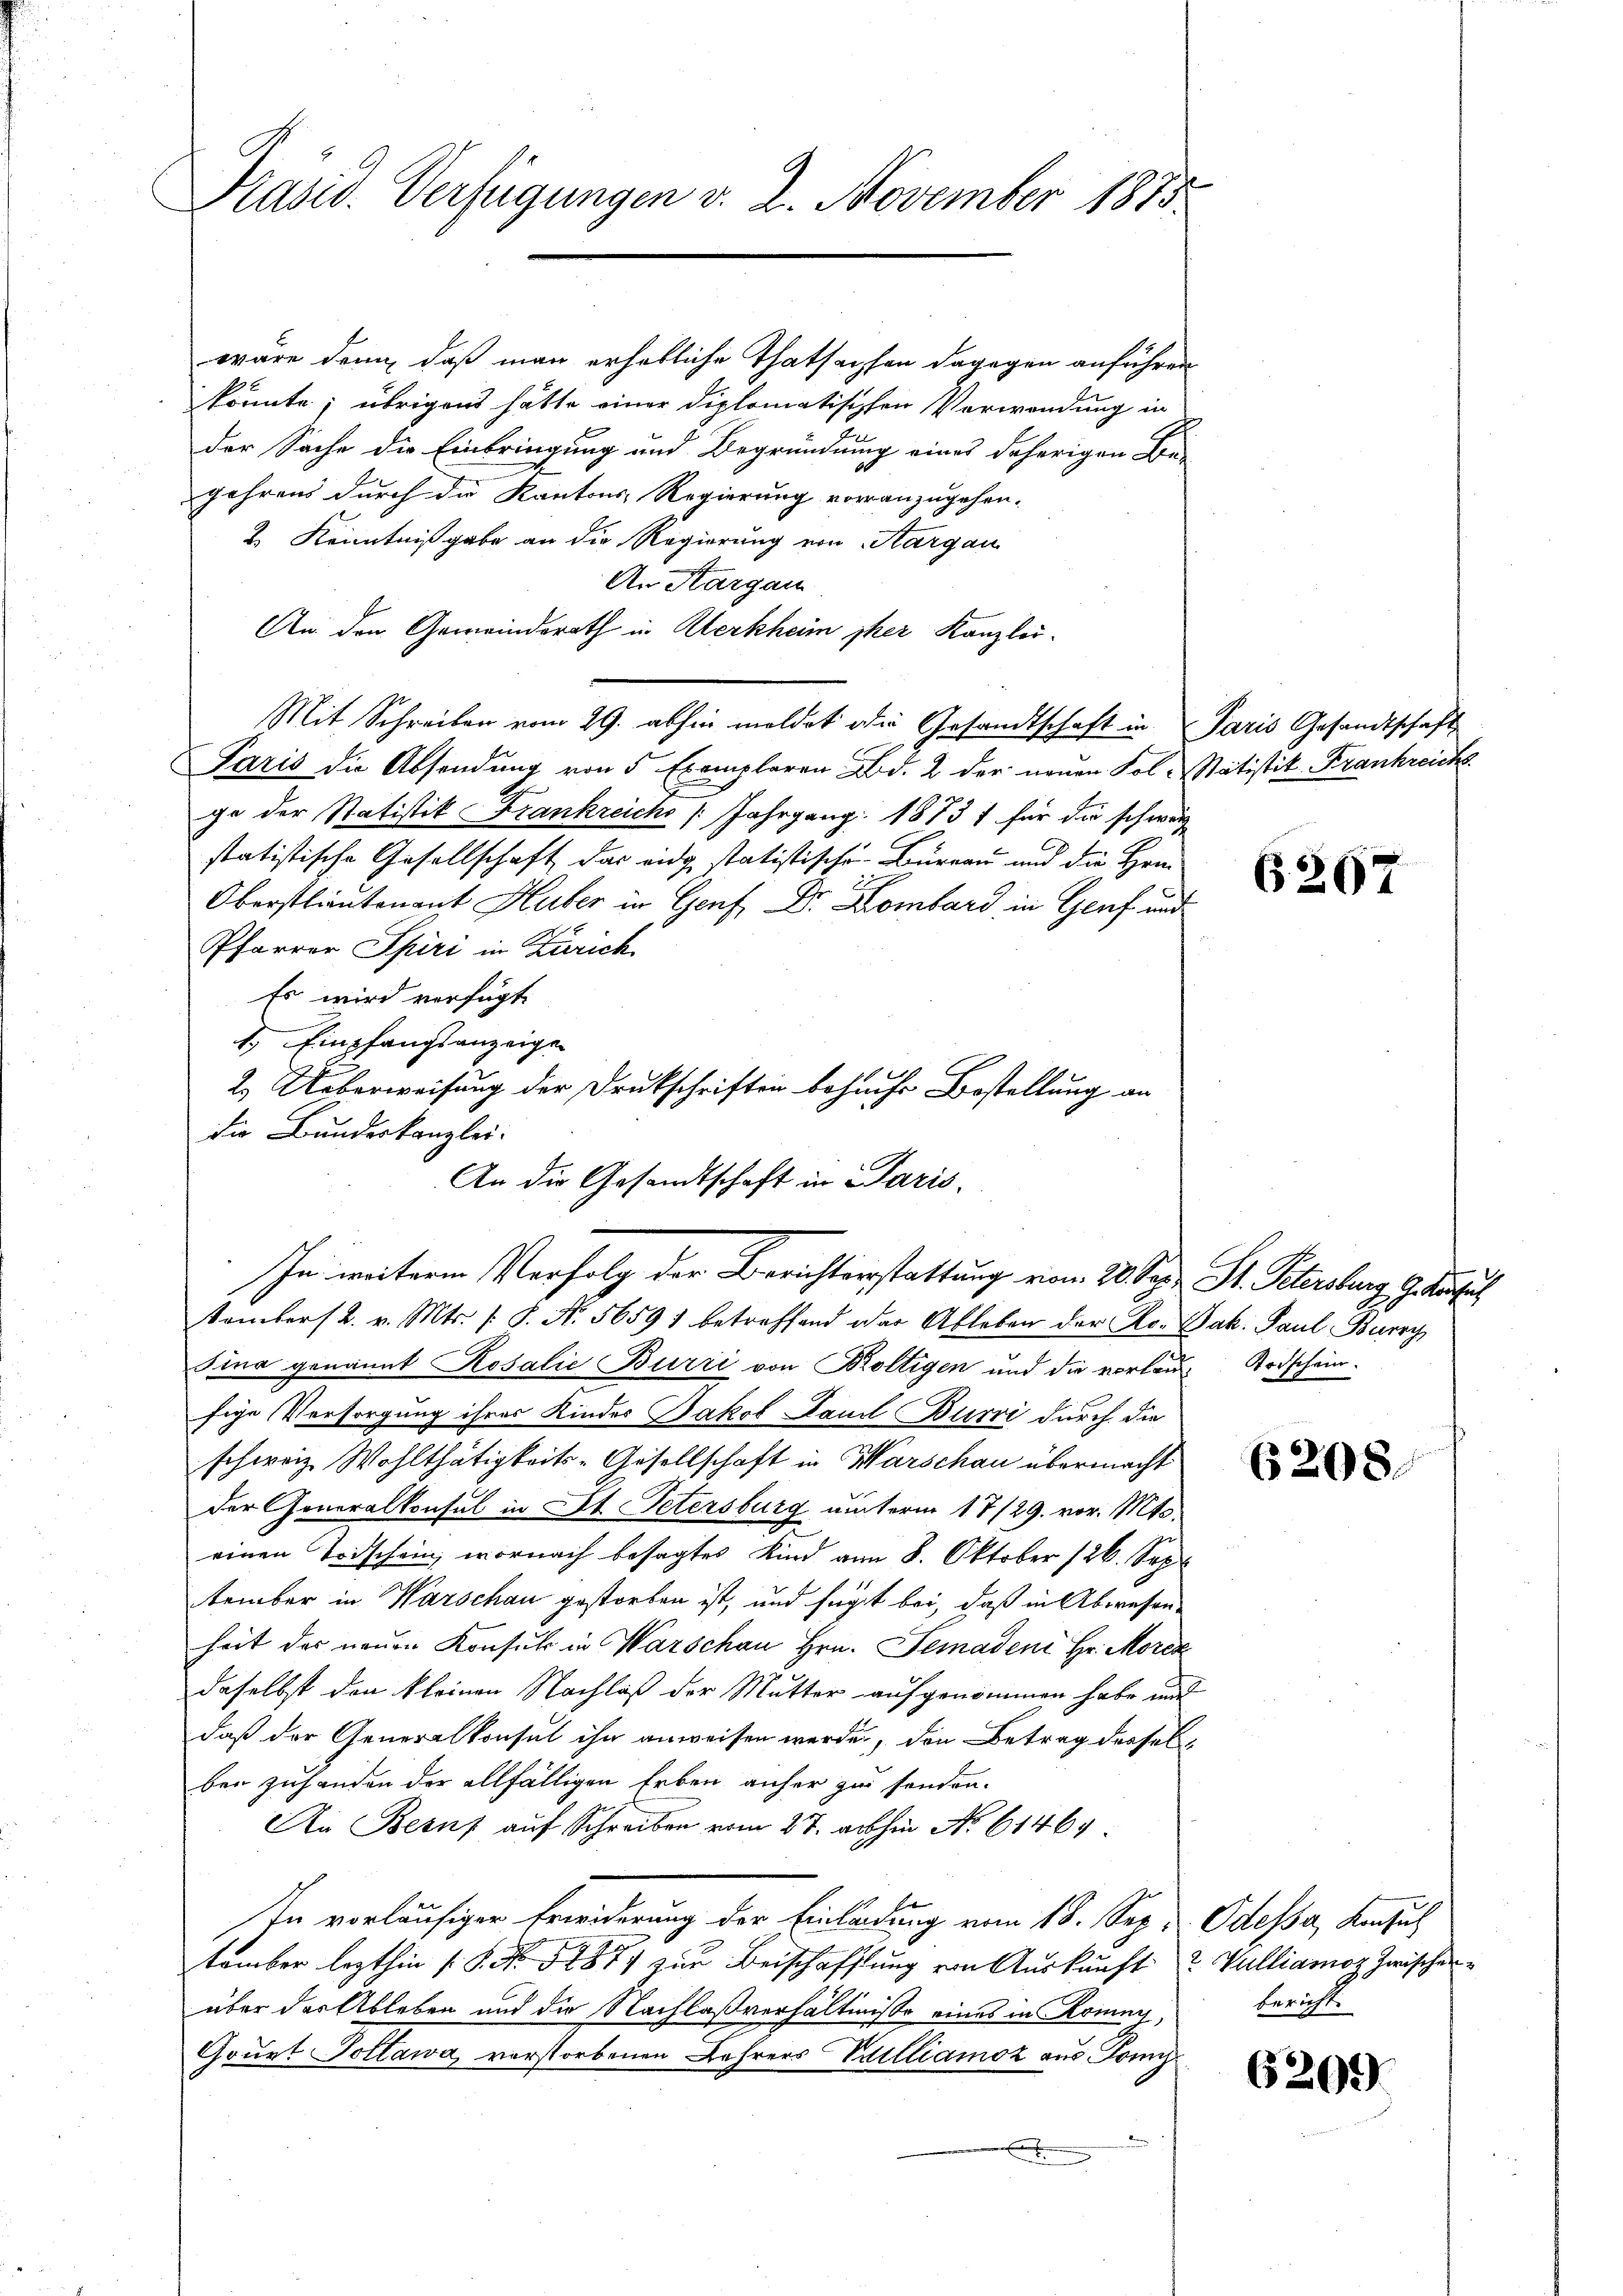
Präsid. Verfügungen v. 2. November 1875

wäre denn, daß man erhebliche Thatsachen dagegen anführen
könnte; übrigens hätte einer diplomatischen Verwendung in
der Sache die Einbringung und Begründung eines daherigen Be-
Jahrens durch die Kantons Regierung voranzugehen.
2. Kenntnißgabe an die Regierung von Aargau
An Kargau
An den Gemeindsrath in Klerkheim sher Kanzlei-
Mit Schreiben vom 29. abhin meldet die Gesandtschaft in Paris Gesandtschaft
Paris die Absendung von 5 Exemplaren Bd. 2 der neuen Fol-Statistik Frankreich
ge der Statistik Krankreichs (Jahrgang 18737 für die schweiz
statistische Gesellschaft das eidg statistische Bureau und die Hei¬
Oberstlieutenant Huber in Genf, Dr. Kombard in Genf und
Pfarrer Spiri in Zürich
Es wird verfügt:
. Empfangsanzeigen
2. Ueberweisung der Druckschriften behufs Bestellung an
die Bundeskanzlei.
An die Gesandtschaft in Paris
In weiterem Verfolg der Berichterstattung von 20 Sept. St. Peterslung Gesuchel
tember 2. v. Mts. s. S. Nr. 56591 betreffend das Ableben der Ro. Jak. Paul Bursch
sina genannt Rosalie Burri von Boltigen und die vorlaut Todschein.
fige Versorgung ihres Kinder Jakob Stand Burri durch die
schweiz. Wohlthätigkeits-Gesellschaft in Warschau übermacht
der Generalkonsul in St. Petersburg unterm 17/29. vor. Mts.
einen Todschein, wornach besagtes Kind vom 8. Oktober 126. Sep
tember in Warschau gestorben ist, und fügt bei, daß in Abwesenheit des neuen Konsul in Warschan Hrn. Jemadene Hr. Morck
daselbst den kleinen Nachlaß der Mutter aufgenommen habe und
daß der Generalkonsul ihn anweisen werde, den Betrag desselben zuhanden der allfälligen Erben anher zu senden.
An Beruf auf Schreiben vom 27. abhin No 61464
In vorläufiger Erwiderung der Einladung vom 18. Sep. Odessa, Konsul
tember lezthin (S. 847 zur Beischaffung von Auskunft Walliamoz zwischen
über der Ableben und die Nachlaßverhältniße eines in Romny,
Gourt Pottawa vorstorbenen Lehrers Villiamoz aus Tom

6267

6208

bericht.

6209.